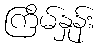
ကြိမ်နှုန်း